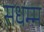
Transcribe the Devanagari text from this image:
सधम्म